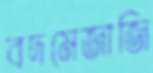
বদমেজাজি